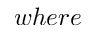
w h e r e